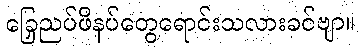
ခြေညှပ်ဖိနပ်တွေရောင်းသလားခင်ဗျာ။